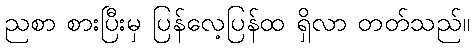
ညစာ စားပြီးမှ ပြန်လေ့ပြန်ထ ရှိလာ တတ်သည်။